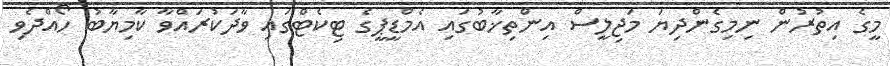
މީގެ އިތުރުން ނިމިގެންދިޔަ މަޖިލީސް އިންތިޚާބުގައި އެމްޑީޕީގެ ޓިކެޓްގައި ވާދަކުރައްވާ ކާމިޔާބު ހޯއްދެވި